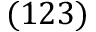
( 1 2 3 )